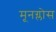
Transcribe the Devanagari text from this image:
मूनग्लोस